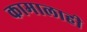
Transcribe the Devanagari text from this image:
कामालाही